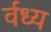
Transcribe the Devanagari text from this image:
र्वध्य